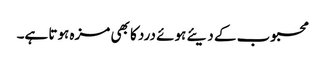
محبوب کے دیئے ہوئے درد کا بھی مزہ ہوتا ہے۔